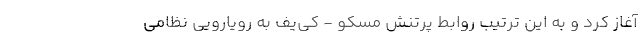
آغاز کرد و به این ترتیب روابط پرتنش مسکو - کی‌یف به رویارویی نظامی